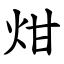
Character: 㶰